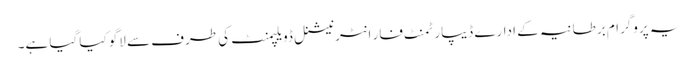
یہ پروگرام برطانیہ کے ادارے ڈیپارٹمنٹ فار انٹرنیشنل ڈویلپمنٹ کی طرف سے لاگو کیا گیا ہے۔